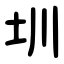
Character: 圳